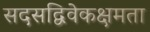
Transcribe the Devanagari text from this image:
सदसद्विवेकक्षमता